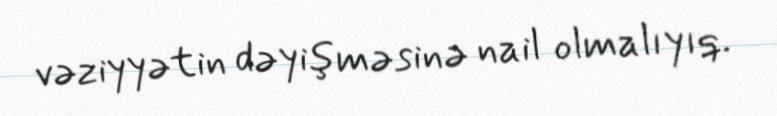
vəziyyətin dəyişməsinə nail olmalıyıq.